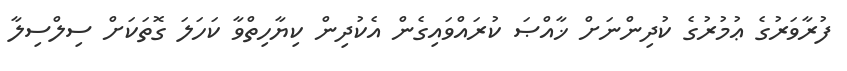
ފުރާވަރުގެ ޢުމުރުގެ ކުދިންނަށް ޚާއްޞަ ކުރައްވައިގެން އެކުދިން ކިޔާހިތްވާ ކަހަލަ ގޮތަކަށް ސިލްސިލާ